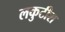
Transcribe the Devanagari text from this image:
लकुटीश